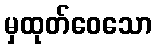
မှထုတ်ဝေသော